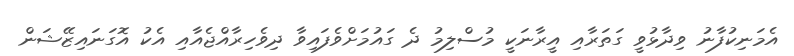
އެމަނިކުފާނު ވިދާޅުވީ ގަތަރާއި އީރާނަކީ މުސްލިމު ދެ ގައުމަށްވެފައިވާ ދިވެހިރާއްޖެއާއި އެކު އޮގަނައިޒޭޝަން